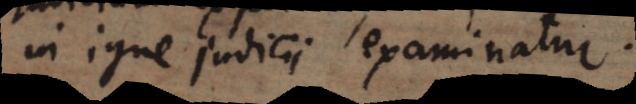
in igne judicii examinatur.